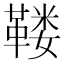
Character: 𱁺